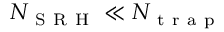
N _ { \mathrm { ~ S ~ R ~ H ~ } } \ll N _ { \mathrm { ~ t ~ r ~ a ~ p ~ } }